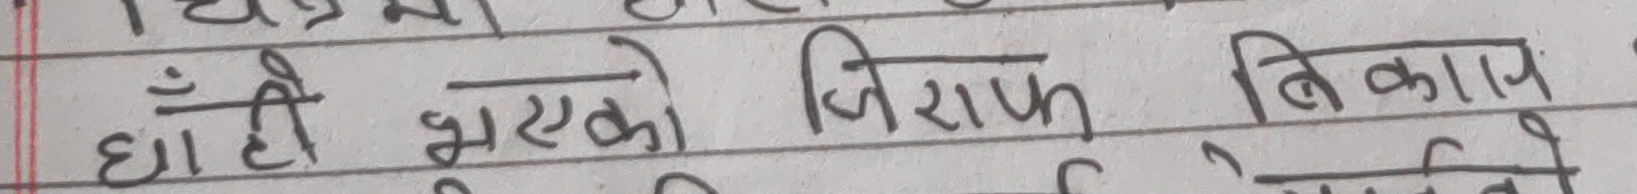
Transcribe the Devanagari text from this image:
घाँही भएको जिराफ विकाप